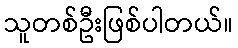
သူတစ်ဦးဖြစ်ပါတယ်။